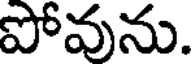
పోవును.